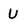
Character: U